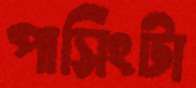
পাসিংটা